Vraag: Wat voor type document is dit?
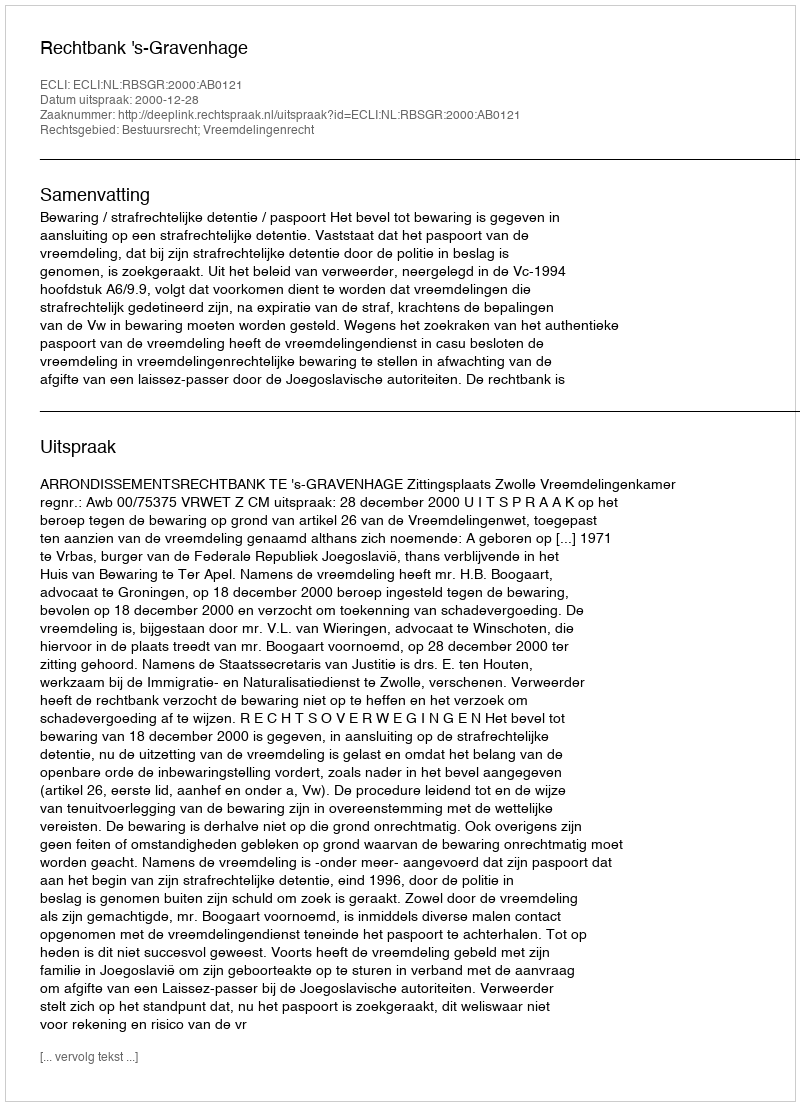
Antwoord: Uitspraak